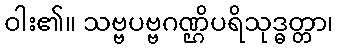
ဝါး၏။ သဗ္ဗပဗ္ဗဂဏ္ဌိပရိသုဒ္ဓတ္တာ၊